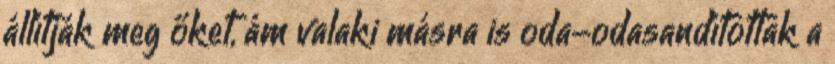
állítják meg őket, ám valaki másra is oda-odasandítottak a